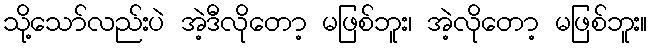
သို့သော်လည်းပဲ အဲ့ဒီလိုတော့ မဖြစ်ဘူး၊ အဲ့လိုတော့ မဖြစ်ဘူး။